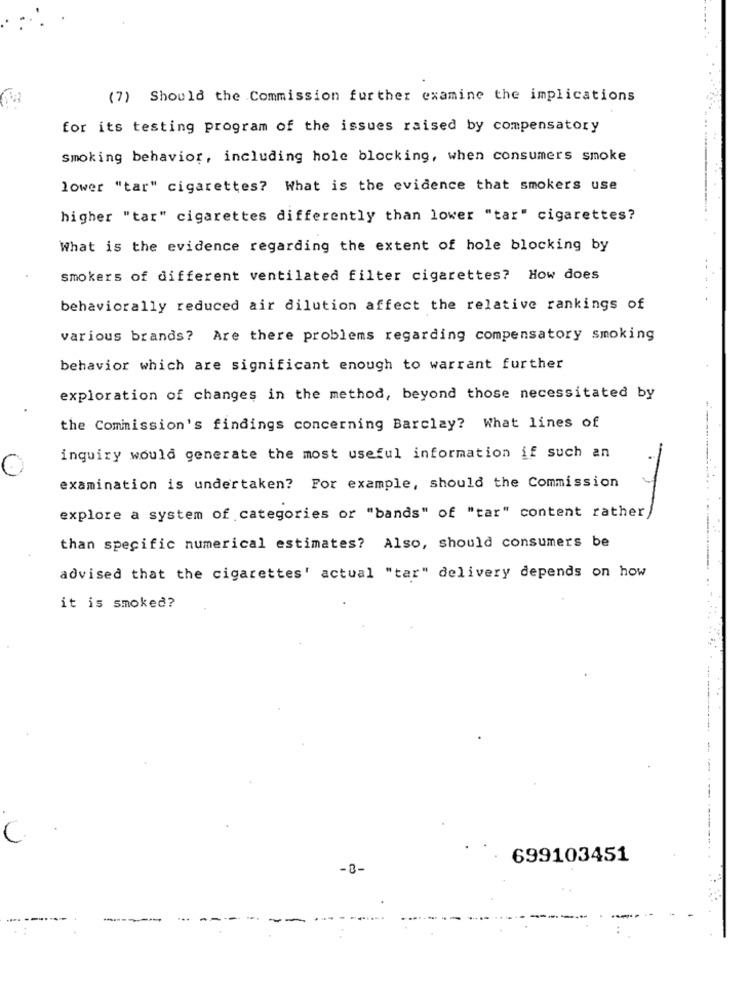
(7) Should the Commission further examine the implications
for its testing program of the issues raised by compensatory
Smoking behavior, including hole blocking, when consumers smoke
lower "tar" cigarettes? What is the evidence that smokers use
higher "tar" cigarettes differently than lower "tar" cigarettes?
What is the evidence regarding the extent of hole blocking by
smokers of different ventilated filter cigarettes? How does
behaviorally reduced air dilution affect the relative rankings of
various brands? Are there problems regarding compensatory smoking
behavior which are significant enough to warrant further
exploration of changes in the method, beyond those necessitated by
the Commission's findings concerning Barclay? What lines of
inquiry would generate the most useful information if such an
examination is undertaken? For example, should the Commission
explore a system of categories or "bands" of "tar" content rather
....... ..........
than specific numerical estimates? Also, should consumers be
advised that the cigarettes' actual "tar" delivery depends on how
it is smoked?
699103451
-8-